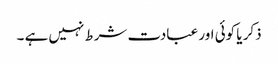
ذکر یا کوئی اور عبادت شرط نہیں ہے ۔